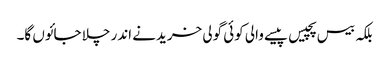
بلکہ بیس پچیس پیسے والی کوئی گولی خریدنے اندر چلا جائوں گا۔